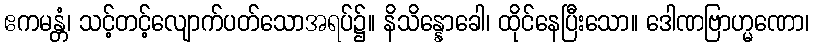
ဧကမန္တံ၊ သင့်တင့်လျောက်ပတ်သောအရပ်၌။ နိသိန္နောခေါ၊ ထိုင်နေပြီးသော။ ဒေါဏဗြာဟ္မဏော၊